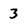
Character: 3